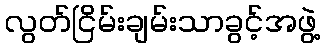
လွတ်ငြိမ်းချမ်းသာခွင့်အဖွဲ့